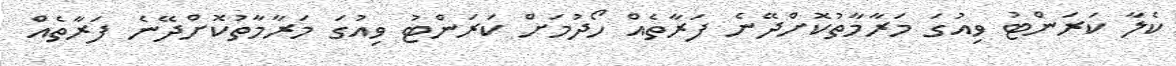
ކެލާ ކަރަންޓު ވިއުގަ މަރާމާތުކޮށްދޭނެ ފަރާތެއް ހޯދުމަށް ކަރަންޓު ވިއުގަ މަރާމާތުކޮށްދޭނެ ފަރާތެއް